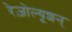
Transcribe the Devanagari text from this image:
रेज़ोल्यूशन्